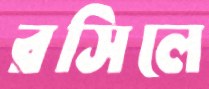
রসিলে